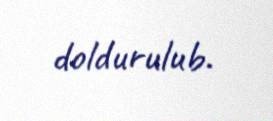
doldurulub.